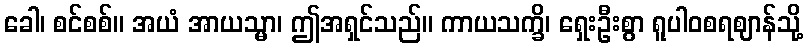
ခေါ၊ စင်စစ်။ အယံ အာယသ္မာ၊ ဤအရှင်သည်။ ကာယသက္ခိ၊ ရှေးဦးစွာ ရူပါဝစရဈာန်သို့